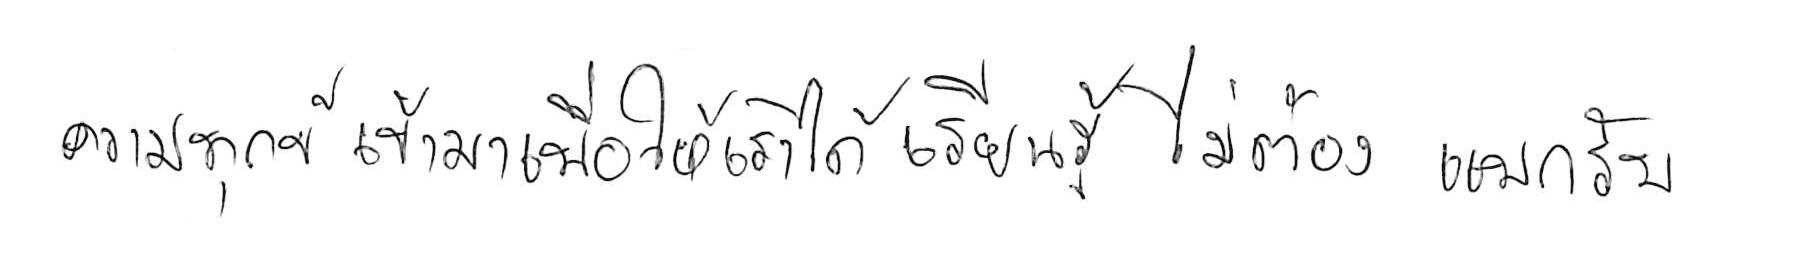
ความทุกข์ เข้ามาเพื่อให้เราได้ เรียนรู้ ไม่ใช่ต้อง แบกรับ